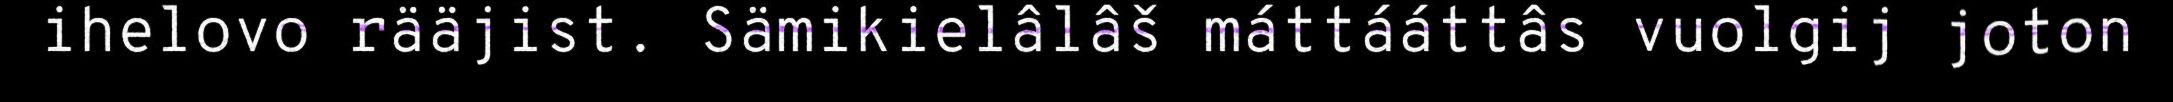
ihelovo rääjist. Sämikielâlâš máttááttâs vuolgij joton